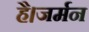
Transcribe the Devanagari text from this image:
है।जर्मन